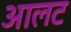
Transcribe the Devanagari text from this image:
आलट